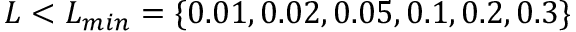
L < L _ { m i n } = \{ 0 . 0 1 , 0 . 0 2 , 0 . 0 5 , 0 . 1 , 0 . 2 , 0 . 3 \}